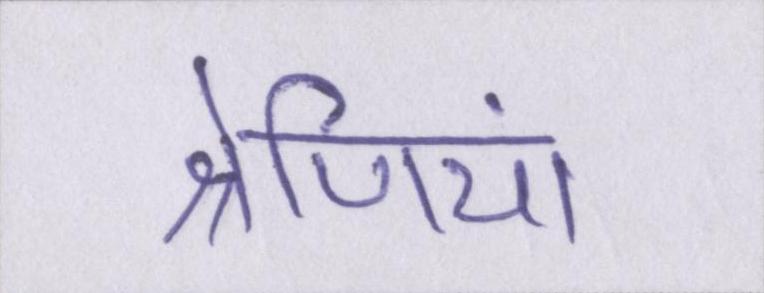
श्रेणियां